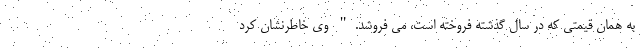
به همان قیمتی که در سال گذشته فروخته است، می فروشد." وی خاطرنشان کرد